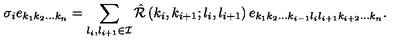
\sigma _ { i } e _ { k _ { 1 } k _ { 2 } \ldots k _ { n } } = \sum _ { l _ { i } , l _ { i + 1 } \in { \cal I } } { \hat { \cal R } } \left( k _ { i } , k _ { i + 1 } ; l _ { i } , l _ { i + 1 } \right) e _ { k _ { 1 } k _ { 2 } \ldots k _ { i - 1 } l _ { i } l _ { i + 1 } k _ { i + 2 } \ldots k _ { n } } .